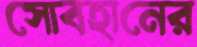
সোবহানের